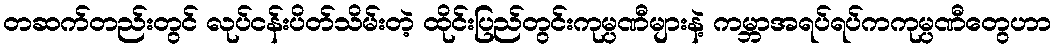
တဆက်တည်းတွင် လုပ်ငန်းပိတ်သိမ်းတဲ့ ထိုင်းပြည်တွင်းကုမ္ပဏီများနဲ့ ကမ္ဘာအရပ်ရပ်ကကုမ္ပဏီတွေဟာ